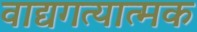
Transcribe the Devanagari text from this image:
वाद्यगत्यात्मक